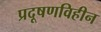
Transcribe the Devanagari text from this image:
प्रदूषणविहीन